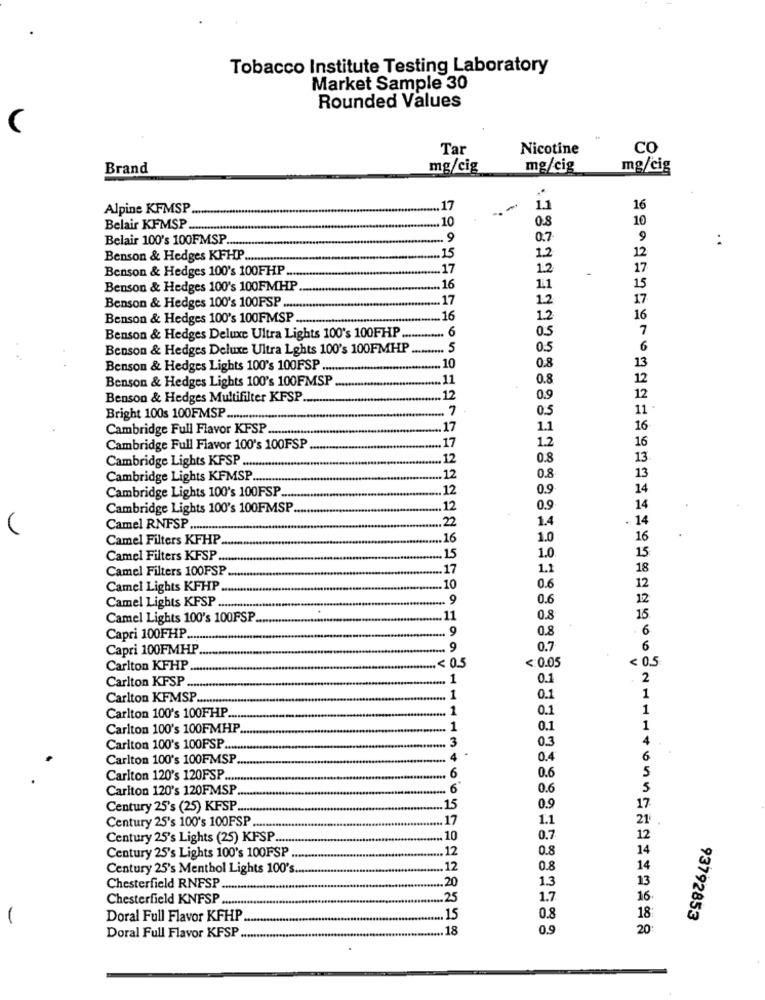
Tobacco Institute Testing Laboratory
Market Sample 30
Rounded Values
(
Tar
Nicotine
CO
Brand
mg/cig
mg/cig
mg/cig
Alpine KFMSP
17
1.1
16
10
10
Belair KFMSP ..
0.8
Belair 100's 100FMSP ......
.9
0.7
15
Benson & Hedges KFHP
1.2
Benson & Hedges 100's 100FHP ...
.17
1.2
-
Benson & Hedges 100's 100FMHP
16
1.1
Benson & Hedges 100's 100FSP ...
17
12
Benson & Hedges 100's 100FMSP
16
1.2
16
6
0.5
7
Benson & Hedges Deluxe Ultra Lights 100's 100FHP
Benson & Hedges Deluxe Ultra Lghts 100's 100FMHP
.5
0.5
6
0.8
Benson & Hedges Lights 100's 100FSP .
10
Benson & Hedges Lights 100's 100FMSP
11
0.8
0.9
12
Benson & Hedges Multifilter KFSP
12
.7
05
11
Bright 100s 100FMSP .................
Cambridge Full Flavor KFSP
.17
1.1
16
1.2
16
Cambridge Full Flavor 100's 100FSP
.17
.12
0.8
13
Cambridge Lights KFSP ......
13
Cambridge Lights KFMSP ...
.12
0.8
Cambridge Lights 100's 100FSP
.12
0.9
14
Cambridge Lights 100's 100FMSP ....
12
0.9
14
22
1.4
. 14
Camel RNFSP
Camel Filters KFHP
16
1.0
16
15
Camel Filters KFSP .
15
1.0
Camel Filters 100FSP
17
1.1
18
Camel Lights KFHP
10
0.6
12
Camel Lights KFSP .
-. 9
0.6
12
Camel Lights 100's 100FSP
11
0.8
15
... 9
0.8
6
Capri 100FHP.
Capri 100FMHP
. 9
0.7
6
< 0.05
< 0.5
Carlton KFHP
< 0.5
.1
0.1
2
Carlton KFSP ....
Carlton KFMSP.
.1
0.1
1
1
0.1
1
Carlton 100's 100FHP ...
Carlton 100's 100FMHP.
1
0.1
1
.... 3
0.3
4
Carlton 100's 100PSP ....
Carlton 100's 100FMSP
4
0.4
6
0.6
Carlton 120's 120FSP .....
.6
5
Carlton 120's 120FMSP
.. 6
0.6
5
Century 25's (25) KFSP.
15
0.9
17
Century 25's 100's 100FSP
17
1.1
21
Century 25's Lights (25) KFSP.
.10
0.7
12
Century 25's Lights 100's 100FSP
12
0.8
14
Century 25's Menthol Lights 100's ...
.12
0.8
14
1.3
13
Chesterfield RNFSP
.20
Chesterfield KNFSP
.25
1.7
16
18
Doral Full Flavor KFHP
.15
0.8
93792853
18
0.9
20
Doral Full Flavor KFSP